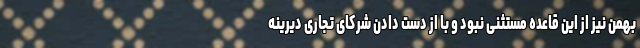
بهمن نیز از این قاعده مستثنی نبود و با از دست دادن شرکای تجاری دیرینه